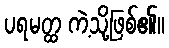
ပရမတ္ထ ကဲ့သို့ဖြစ်၏။